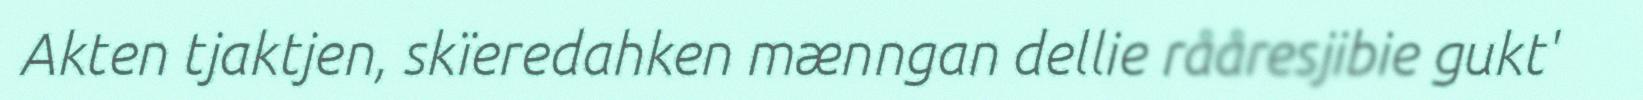
Akten tjaktjen, skïeredahken mænngan dellie rååresjibie gukt'